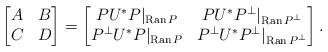
LaTeX: \begin{align*}\begin{bmatrix}A&B\\C&D\end{bmatrix}=\begin{bmatrix}P U^*P|_{\operatorname{Ran}P}& P U^*P^\perp|_{\operatorname{Ran}P^\perp}\\P^\perp U^*P|_{\operatorname{Ran}P}& P^\perp U^*P^\perp|_{\operatorname{Ran}P^\perp}\end{bmatrix}.\end{align*}